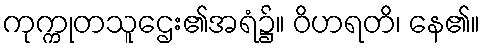
ကုက္ကုတသူဌေး၏အရံ၌။ ဝိဟရတိ၊ နေ၏။